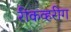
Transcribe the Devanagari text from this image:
रीकव्हरीग